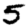
Digit: 5